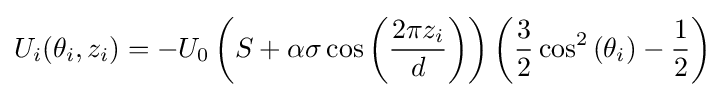
U_{i}(\theta _{i},z_{i})=-U_{0}\left(S+\alpha \sigma \cos \left({\frac {2\pi z_{i}}{d}}\right)\right)\left({\frac {3}{2}}\cos ^{2}\left(\theta _{i}\right)-{\frac {1}{2}}\right)